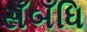
સઁબઁધિ